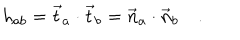
h _ { a b } = \vec { t } _ { a } \cdot \vec { t } _ { b } = \vec { n } _ { a } \cdot \vec { n } _ { b } \quad .